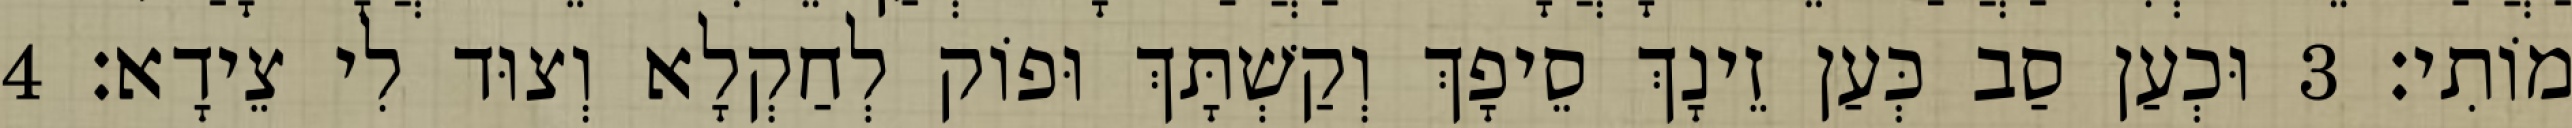
מוֹתִי׃ 3 וּכְעַן סַב כְּעַן זֵינָךְ סֵיפָךְ וְקַשְׁתָּךְ וּפוֹק לְחַקְלָא וְצוּד לִי צֵידָא׃ 4